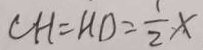
C H = H D = \frac { 1 } { 2 } x